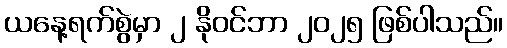
ယနေ့ရက်စွဲမှာ ၂ နိုဝင်ဘာ ၂၀၂၅ ဖြစ်ပါသည်။